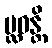
ပ္လဝန္တိ